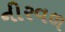
નીરવળ